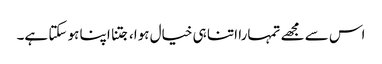
اس سے مجھے تمہارا اتنا ہی خیال ہوا، جتنا اپنا ہو سکتا ہے۔